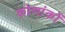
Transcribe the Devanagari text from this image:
कोणांकों